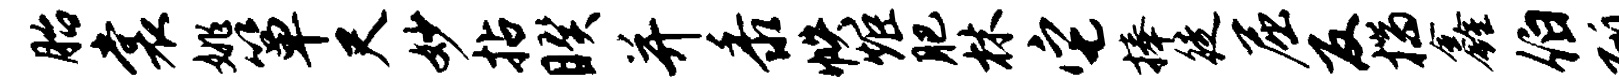
胎裳姚箪尺妙拈睽并黍帙炬肥林它捧徒屈反揣鑫伯斫